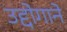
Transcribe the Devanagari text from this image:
उद्दोगाने